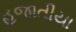
હજાતીયા